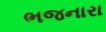
ભજનારા